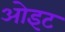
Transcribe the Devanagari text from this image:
ओइट